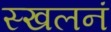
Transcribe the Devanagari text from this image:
स्खलनं